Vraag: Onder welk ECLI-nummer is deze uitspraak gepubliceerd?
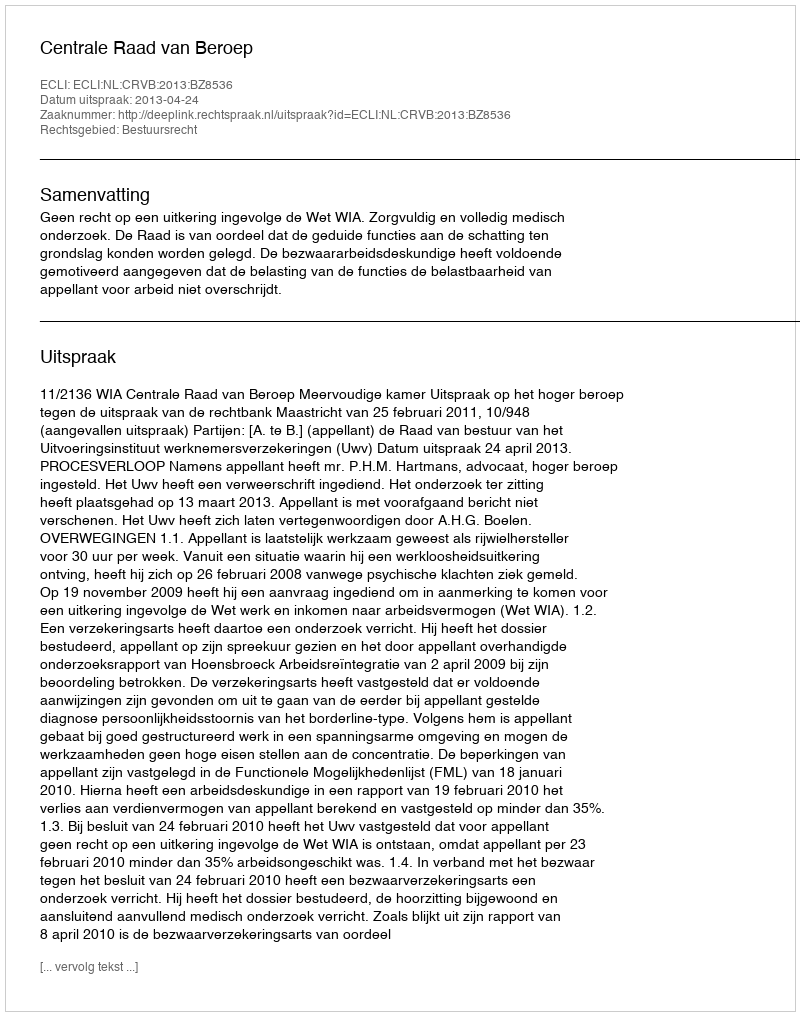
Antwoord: ECLI:NL:CRVB:2013:BZ8536